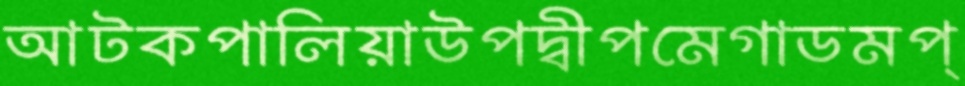
আটকপালিয়াউপদ্বীপমেগাডমপ্